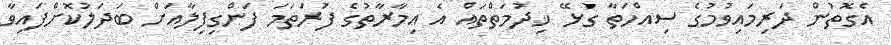
އެގޮތުން ދަރިމައިވުމުގެ ސިއްހަތާ ގުޅޭ ޚިދުމަތްތައް އެ އިމާރާތުގެ ފުރަތަމަ ފަންގިފިލާއަށް ބަދަލުކޮށްފައިވާ